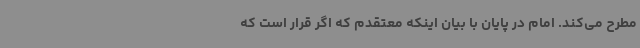
مطرح می‌کند. امام در پایان با بیان اینکه معتقدم که اگر قرار است که